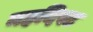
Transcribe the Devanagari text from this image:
महदिस्ट